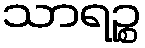
သာရဉ္စ